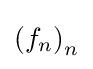
\left(f_{n}\right)_{n}